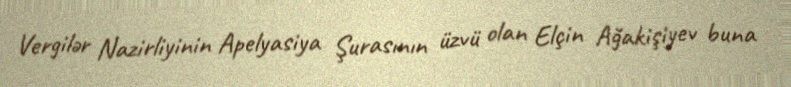
Vergilər Nazirliyinin Apelyasiya Şurasının üzvü olan Elçin Ağakişiyev buna